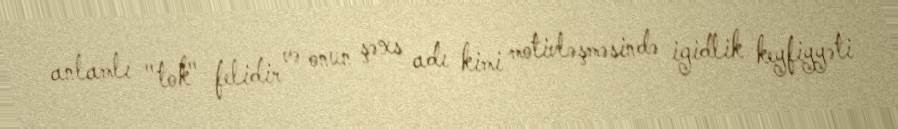
anlamlı "tok" felidir və onun şəxs adı kimi motivləşməsində igidlik keyfiyyəti